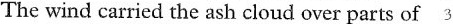
The wind carried the ash cloud over parts of 3